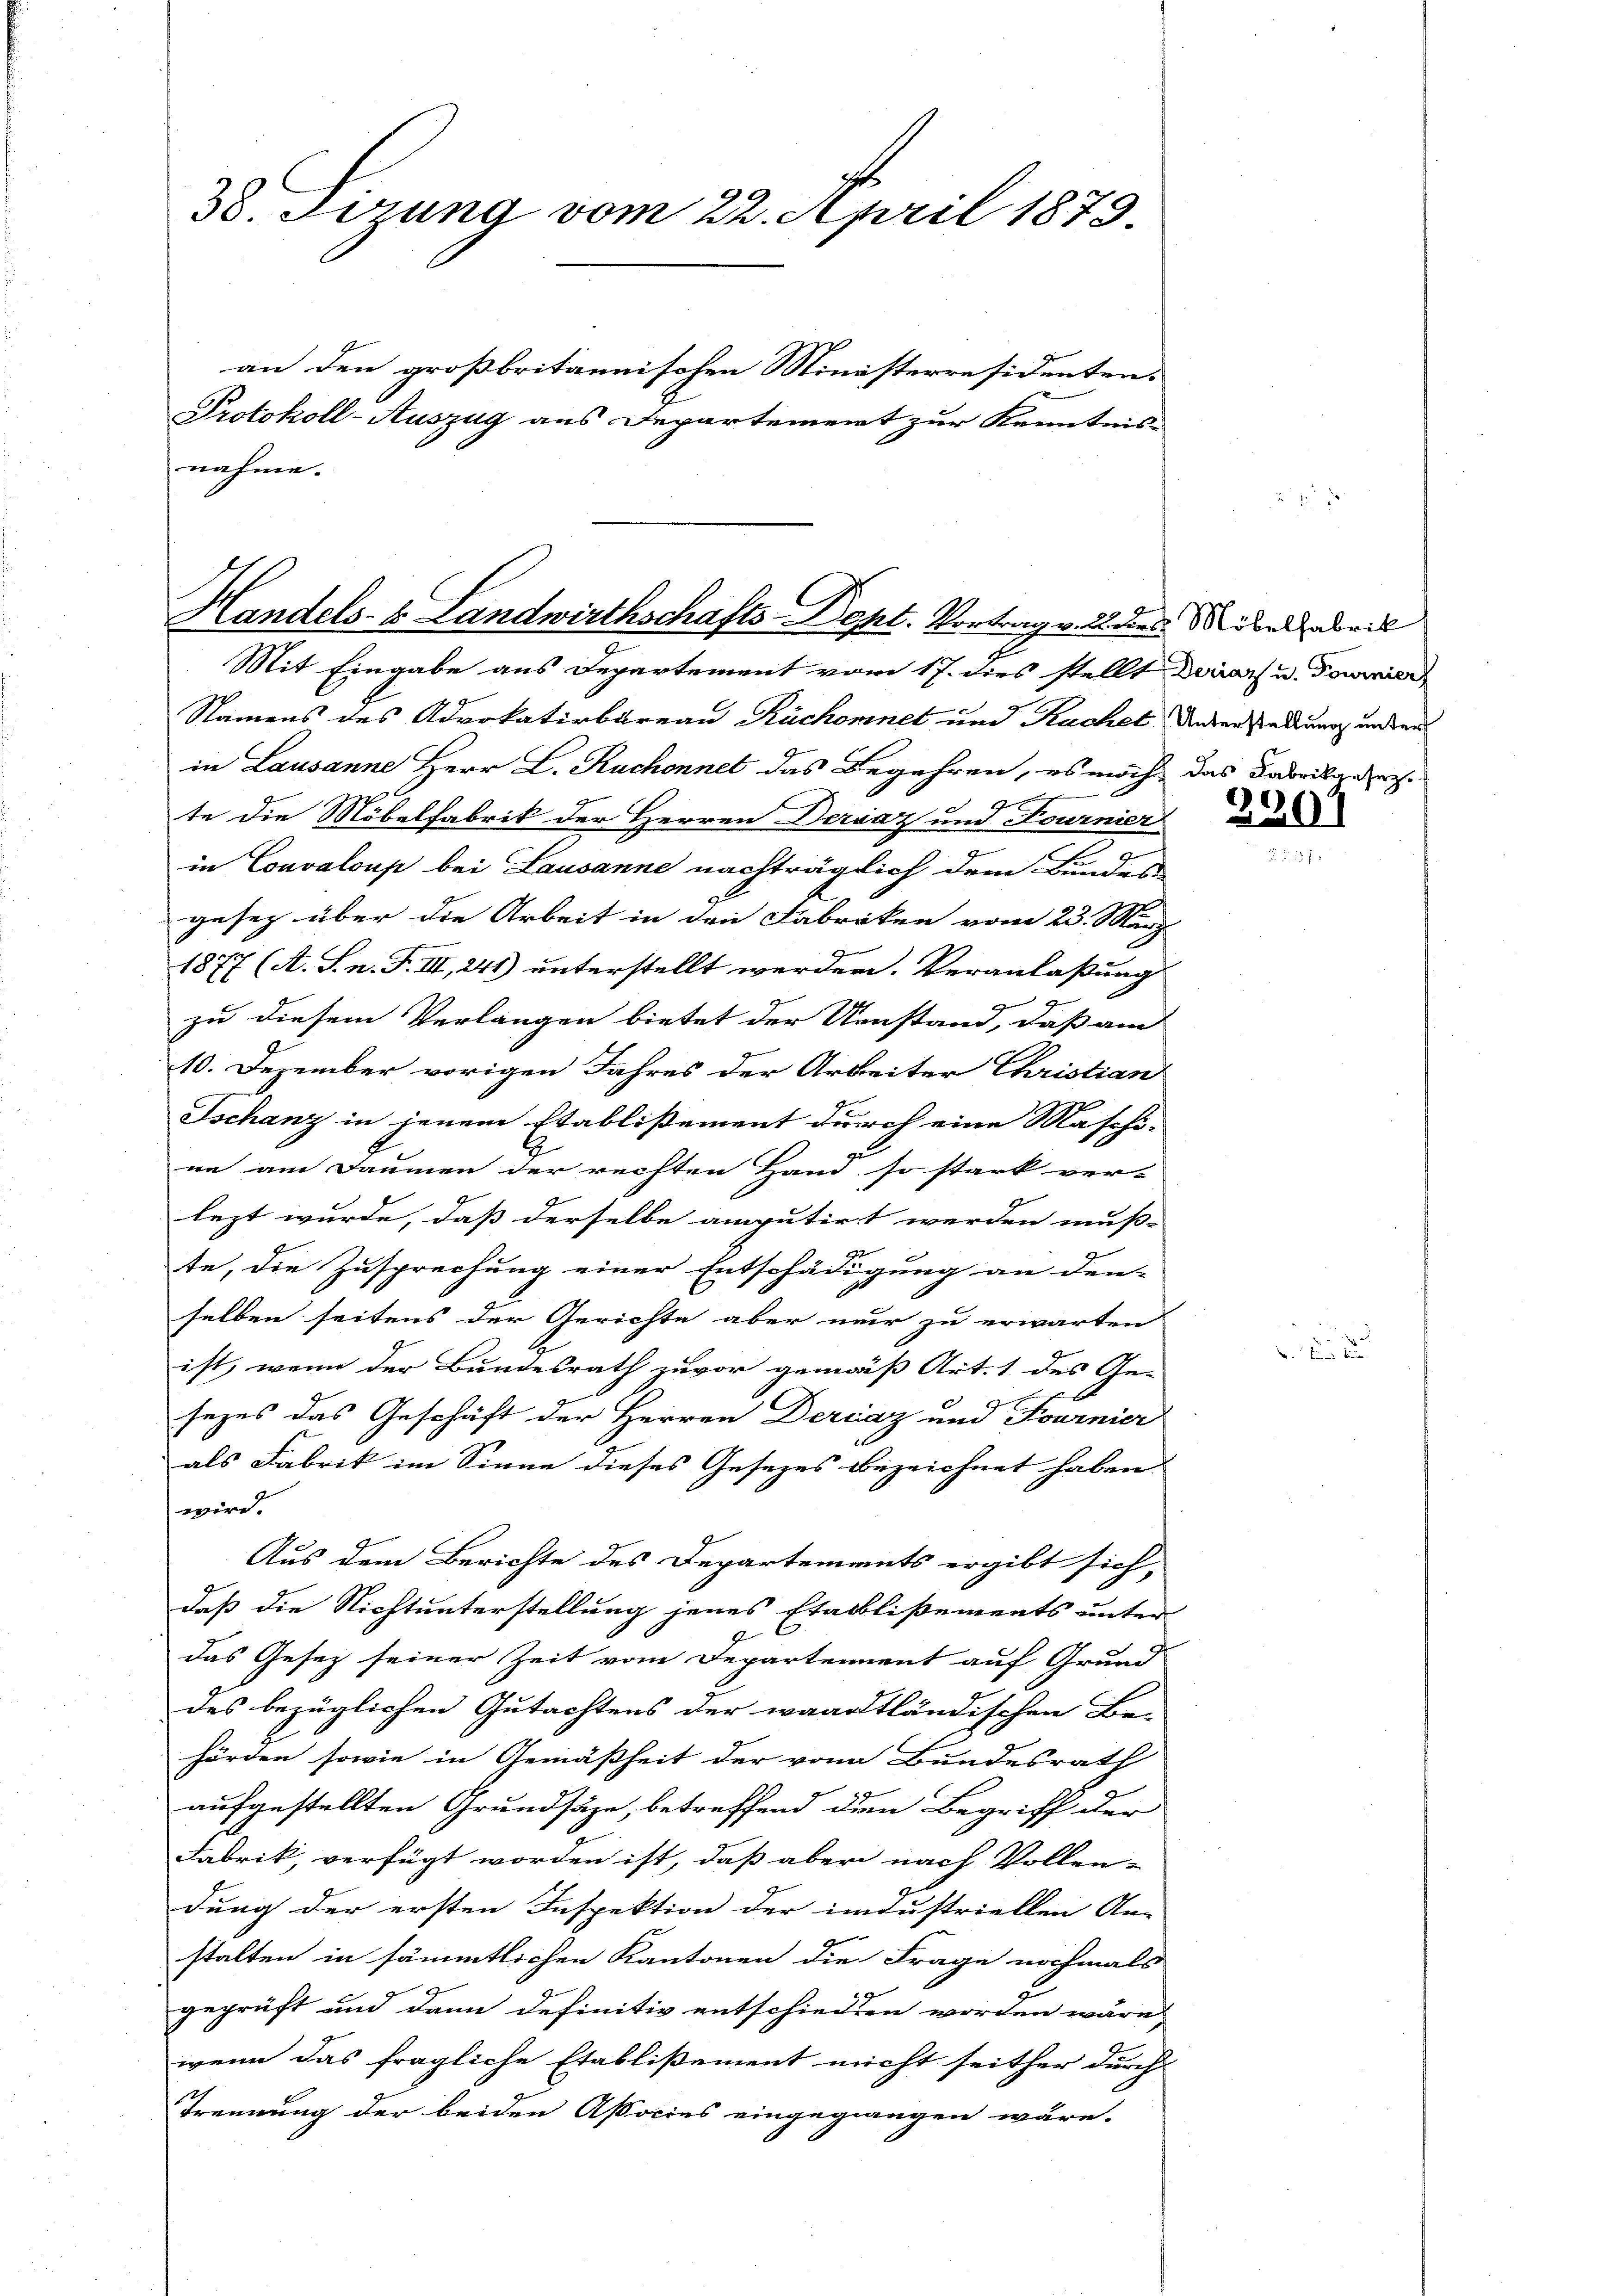
38. Sizung vom 22. April 1879
an den großbritannischen Ministerresidenten.
Protokoll-Auszug aus Departement zur Kenntnis
nahme.

Handels- u. Landwirthschafts-Dept. Vortrag v. 28 des Nibel beil
Mit Eingabe aus Departement vom 17. dies stellt derars u. Tourier

Namens des Advokaturbureau Ruchornet und Ruchel Unterstellung und der
in Lausanne Herr L. Ruchonnet das Begehren, es noch das Fabrikgereche
x
te die Möbelfabrik der Herren Dervaz und Fournier
in Convaloup bei Lausanne nachträglich dem Bundes
gesetz über die Arbeit in den Fabriken vom 23. März
1877 (A. S. n. F. III, 241) unterstellt werden. Veranlaßung
zu diesem Verlangen bietet der Umstand, daß am
9
10. Dezember vorigen Jahres der Arbeiter Christian
Tschanz in jenem Etablißement durch eine Maschi-
ne am Daumen der rechten Hand so stark ver-
lezt wurde, daß derselbe amputirt werden muß-
r
te, die Zusprechung einer Entschädigung an den-
selben seitens der Gerichte aber nur zu erwarten
ist, wenn der Bundesrath zuvor gemäß Art. 1 des Ge-
sezes das Geschäft der Herren Dercaz und Fournier
als Fabrik im Sinne dieses Gesezes bezeichnet haben.
wird.
Aus dem Berichte des Departements ergibt sich,
daß die Nichtunterstellung jenes Etablißements unter
das Gesetz seiner Zeit vom Departement auf Grund
des bezüglichen Gutachtens der waadtländischen Be-
hörden sowie in Gemäßheit der von Bundesrath
aufgestellten Grundsäze, betreffend dem Begriff der
Fabrik, verfügt worden ist, daß aber nach Vollen-
dung der ersten Inspektion der industriellen An-
stalten in sämmtlichen Kantonen die Frage nochmals
t
geprüft und dann definitiv entschieden worden wären.
wenn das fragliche Etablißement nicht seither durch
Trennung der beiden Aßocies eingegangen wäre.

2301